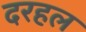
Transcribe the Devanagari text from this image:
दरहल